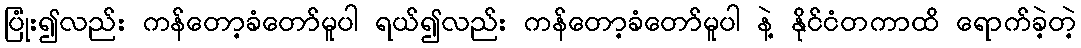
ပြုံး၍လည်း ကန်တော့ခံတော်မူပါ ရယ်၍လည်း ကန်တော့ခံတော်မူပါ နဲ့ နိုင်ငံတကာထိ ရောက်ခဲ့တဲ့